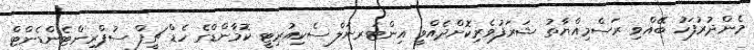
މެންދުރުފަހު ބޭއްވި ރަސްމިއްޔާތު ޝަރަފުވެރިކޮށްދެއްވީ އިންޓަރނަލް ސެކިއުރިޓީ ކޮމާންޑްގެ ހެޑް ޗީފް ސުޕްރިންޓެންޑެންޓް